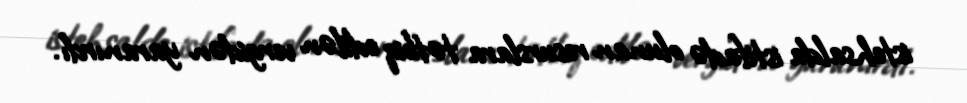
istehsalda istifadə olunan resurslara tətbiq edilən vergidən yaranırdı.